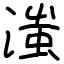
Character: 滍